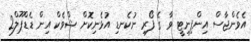
އެވެންޖާސް އިންފިނިޓީ ވާ ގެ ފޯރި ނުކެނޑި އުޅެނިކޮށް ޝްވެކް އިން ޑެޑްޕޫލް2